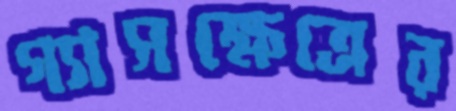
গ্যাসক্ষেত্রের